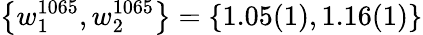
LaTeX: \left\{ w_{1}^{1065},w_{2}^{1065}\right\} =\left\{ 1.05(1),1.16(1)\right\}